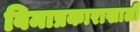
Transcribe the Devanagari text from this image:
विमाप्रकाराखाली